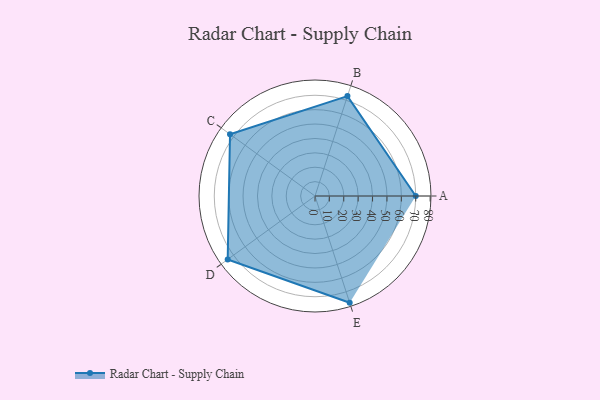
{"axis": {"x": "Skill", "y": "Score"}, "legend": ["Profile"], "data": [{"x": "A", "y": 70.0, "type": "Profile"}, {"x": "B", "y": 73.0, "type": "Profile"}, {"x": "C", "y": 73.0, "type": "Profile"}, {"x": "D", "y": 75.0, "type": "Profile"}, {"x": "E", "y": 78.0, "type": "Profile"}]}